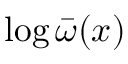
\log { \bar { \omega } } ( x )